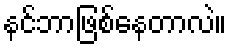
နင်ဘာဖြစ်နေတာလဲ။